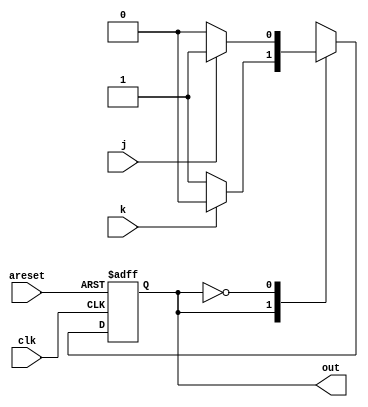
//
//
// https://hdlbits.01xz.net/wiki/Fsm2
//
//

`default_nettype none

module top_module(
    input   clk,
    input   areset,     // Asynchronous reset to OFF
    input   j,
    input   k,
    output  out
);

    parameter   ON  = 1'b1;
    parameter   OFF = 1'b0;

    reg         state;
    reg         next_state;

    always @(*) begin
        case (state)
        ON      : next_state = k ? OFF : ON;
        OFF     : next_state = j ? ON  : OFF;
        default : next_state = OFF;
        endcase
    end

    always @(posedge clk, posedge areset) begin
        if (areset)
            state <= OFF;
        else
            state <= next_state;
    end

    assign out = state;

endmodule